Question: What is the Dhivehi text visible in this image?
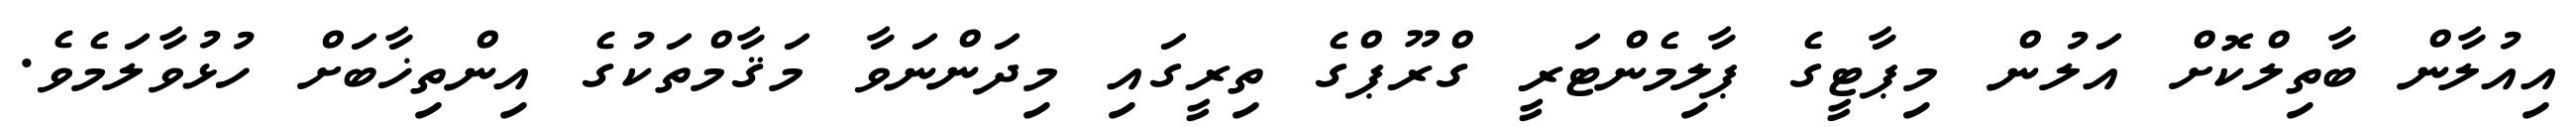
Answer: އިއުލާން ބާތިލްކޮށް އަލުން މިޕާޓީގެ ޕާލިމެންޓަރީ ގްރޫޕްގެ ތިރީގައި މިދަންނަވާ މަޤާމްތަކުގެ އިންތިޚާބަށް ހުޅުވާލަމެވެ.